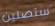
ستصلين